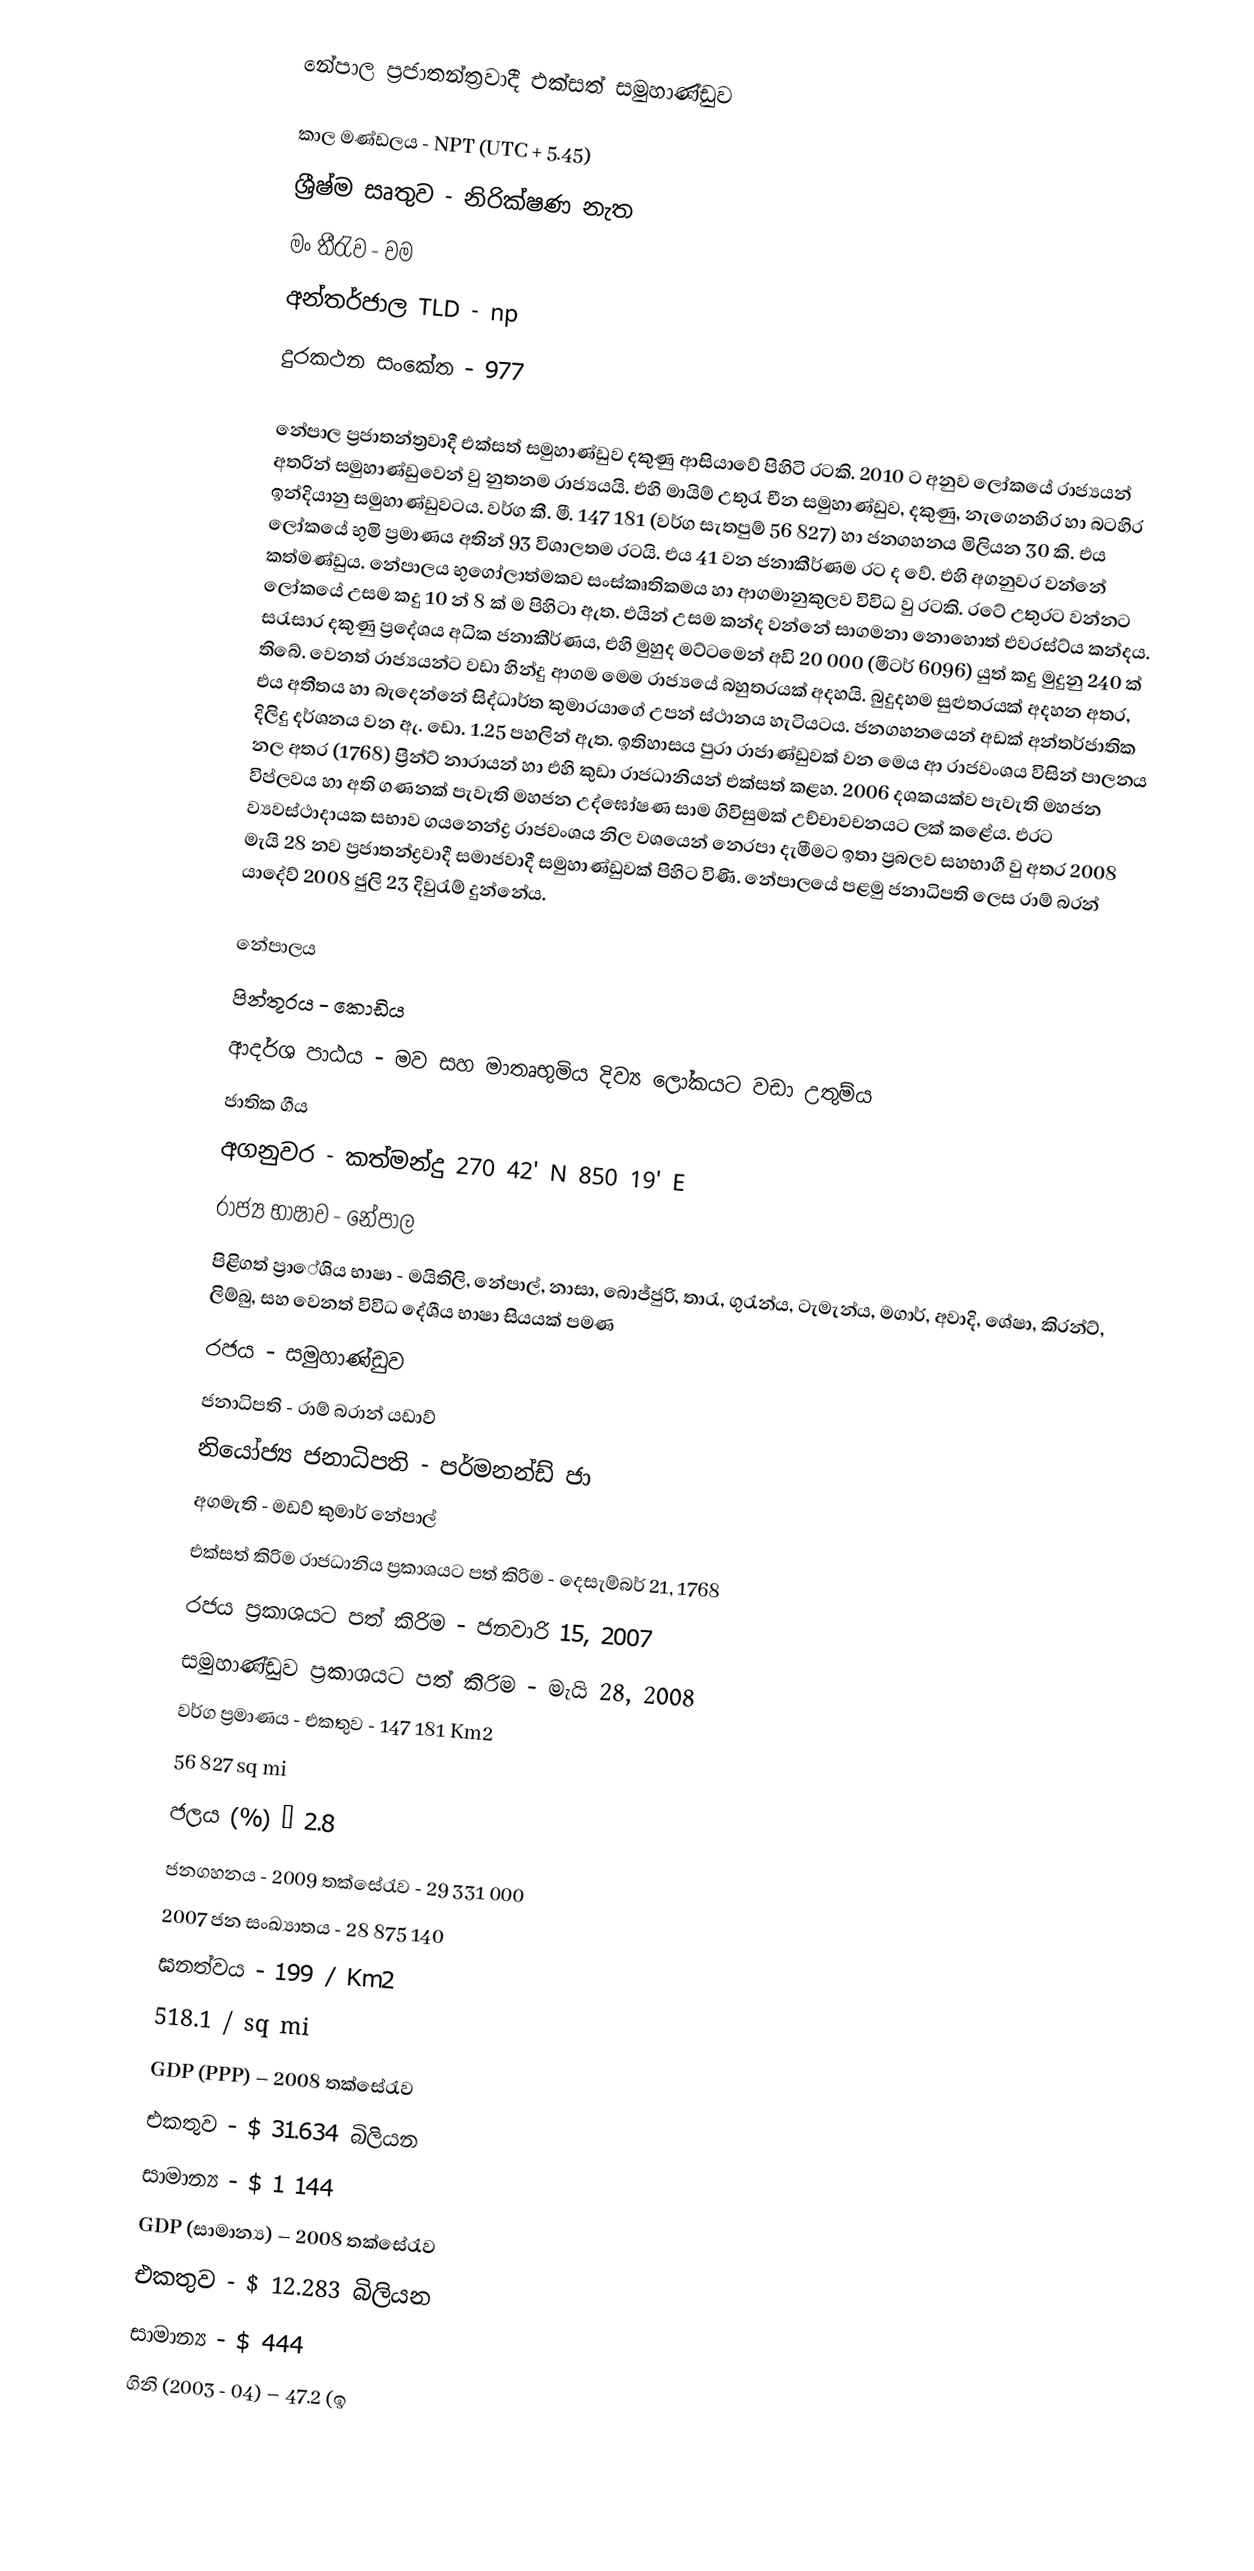
නේපාල ප්‍රජාතන්ත්‍රවාදී එක්සත් සමුහාණ්ඩුව

කාල මණ්ඩලය - NPT (UTC + 5.45)
ශ්‍රීෂ්ම සෘතුව - නිරික්ෂණ නැත
මං තීරැව - වම
අන්තර්ජාල TLD - np
දුරකථන සංකේත - 977

නේපාල ප්‍රජාතන්ත්‍රවාදී එක්සත් සමුහාණ්ඩුව දකුණු ආසියාවේ පිහිටි රටකි. 2010 ට අනුව ලෝකයේ රාජ්‍යයන් අතරින් සමුහාණ්ඩුවෙන් වු නුතනම රාජ්‍යයයි. එහි මායිම් උතුරැ චීන සමුහාණ්ඩුව, දකුණු, නැගෙනහිර හා බටහිර ඉන්දියානු සමුහාණ්ඩුවටය. වර්ග කී. මී. 147 181 (වර්ග සැතපුම් 56 827) හා ජනගහනය මිලියන 30 කි. එය ලෝකයේ භුමි ප්‍රමාණය අතින් 93 විශාලතම රටයි. එය 41 වන ජනාකීර්ණම රට ද වේ. එහි අගනුවර වන්නේ කත්මණ්ඩුය. නේපාලය භුගෝලාත්මකව  සංස්කෘතිකමය හා ආගමානුකුලව විවිධ වු රටකි. රටේ උතුරට වන්නට ලෝකයේ උසම කදු 10 න් 8 ක් ම පිහිටා ඇත. එයින් උසම කන්ද වන්නේ සාගමනා නොහොත් එවරස්ට්ය කන්දය. සරැසාර දකුණු ප්‍රදේශය අධික ජනාකීර්ණය, එහි මුහුද මට්ටමෙන් අඩි 20 000 (මීටර් 6096) යුත් කදු මුදුනු 240 ක් තිබේ. වෙනත් රාජ්‍යයන්ට වඩා හින්දු ආගම මෙම රාජ්‍යයේ බහුතරයක් අදහයි. බුදුදහම සුළුතරයක් අදහන අතර, එය අතීතය හා බ‍ැදෙන්නේ සිද්ධාර්ත කුමාරයාගේ උපන් ස්ථානය හැටියටය. ජනගහනයෙන් අඩක් අන්තර්ජාතික දිලිදු දර්ශනය වන ඇ. ඩො. 1.25 පහලින් ඇත. ඉතිහාසය පුරා රාජාණ්ඩුවක් වන මෙය ආ රාජවංශය විසින් පාලනය නල අතර (1768) ප්‍රින්ට් නාරායන් හා එහි කුඩා රාජධානියන් එක්සත් කළහ. 2006 දශකයක්ව පැවැති මහජන විප්ලවය හා අති ගණනක් පැවැති මහජන උද්ඝෝෂණ සාම ගිවිසුමක් උච්චාවචනයට ලක් කළේය. එරට ව්‍යවස්ථාදායක සභාව ගයනෙන්ද්‍ර රාජවංශය නිල වශයෙන් නෙරපා දැමීමට ඉතා ප්‍රබලව සහභාගී වු අතර 2008 මැයි 28 නව ප්‍රජාතන්ද්‍රවාදී සමාජවාදී සමුහාණ්ඩුවක් පිහිට විණි. නේපාලයේ පළමු ජනාධිපති ලෙස රාම් බරන් යාදේව් 2008 ජුලි 23 දිවුරැම් දුන්නේය.

නේපාලය
පින්තූරය - කොඩිය
ආදර්ශ පාඨය - මව සහ මාතෘභුමිය දිව්‍ය ලෝකයට වඩා උතුම්ය
ජාතික ගීය
අගනුවර - කත්මන්දු 270 42' N 850 19' E
රාජ්‍ය භාෂාව - නේපාල
පිළිගත් ප්‍රා‍ේශිය භාෂා - මයිතිලි, නේපාල්, නාසා, බොජ්ජුරි, තාරැ, ගුරැන්ය, ටැමැන්ය, මගාර්, අවාදි, ශේෂා, කිරන්ට්, ලිම්බු, සහ වෙනත් විවිධ දේශීය භාෂා සියයක් පමණ
රජය - සමුහාණ්ඩුව
ජනාධිපති - රාම් බරාන් යඩාව්
නියෝජ්‍ය ජනාධිපති - පර්මනන්ඩ් ජා
අගමැති - මඩව් කුමාර් නේපාල්
එක්සත් කිරිම රාජධානිය ප්‍රකාශයට පත් කිරිම - දෙසැම්බර් 21, 1768
රජය ප්‍රකාශයට පත් කිරිම - ජනවාරි 15, 2007
සමුහාණ්ඩුව ප්‍රකාශයට පත් කිරිම - මැයි 28, 2008
වර්ග ප්‍රමාණය -	එකතුව	-	147 181  Km2
			56 827 sq mi
ජලය (%) – 2.8
ජනගහනය - 2009 තක්සේරැව - 29 331 000
2007 ජන සංඛ්‍යාතය - 28 875 140
ඝනත්වය	-	199 / Km2
		518.1 / sq mi
GDP (PPP) – 2008 තක්සේරැව
එකතුව - $  31.634 බිලියන
සාමාන්‍ය - $ 1 144
GDP (සාමාන්‍ය) – 2008 තක්සේරැව
එකතුව - $ 12.283 බිලියන
සාමාන්‍ය - $ 444
ගිනි (2003 - 04) – 47.2 (ඉ